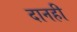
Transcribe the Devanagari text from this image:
दानही